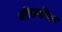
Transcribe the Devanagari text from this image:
शरीरागणिक